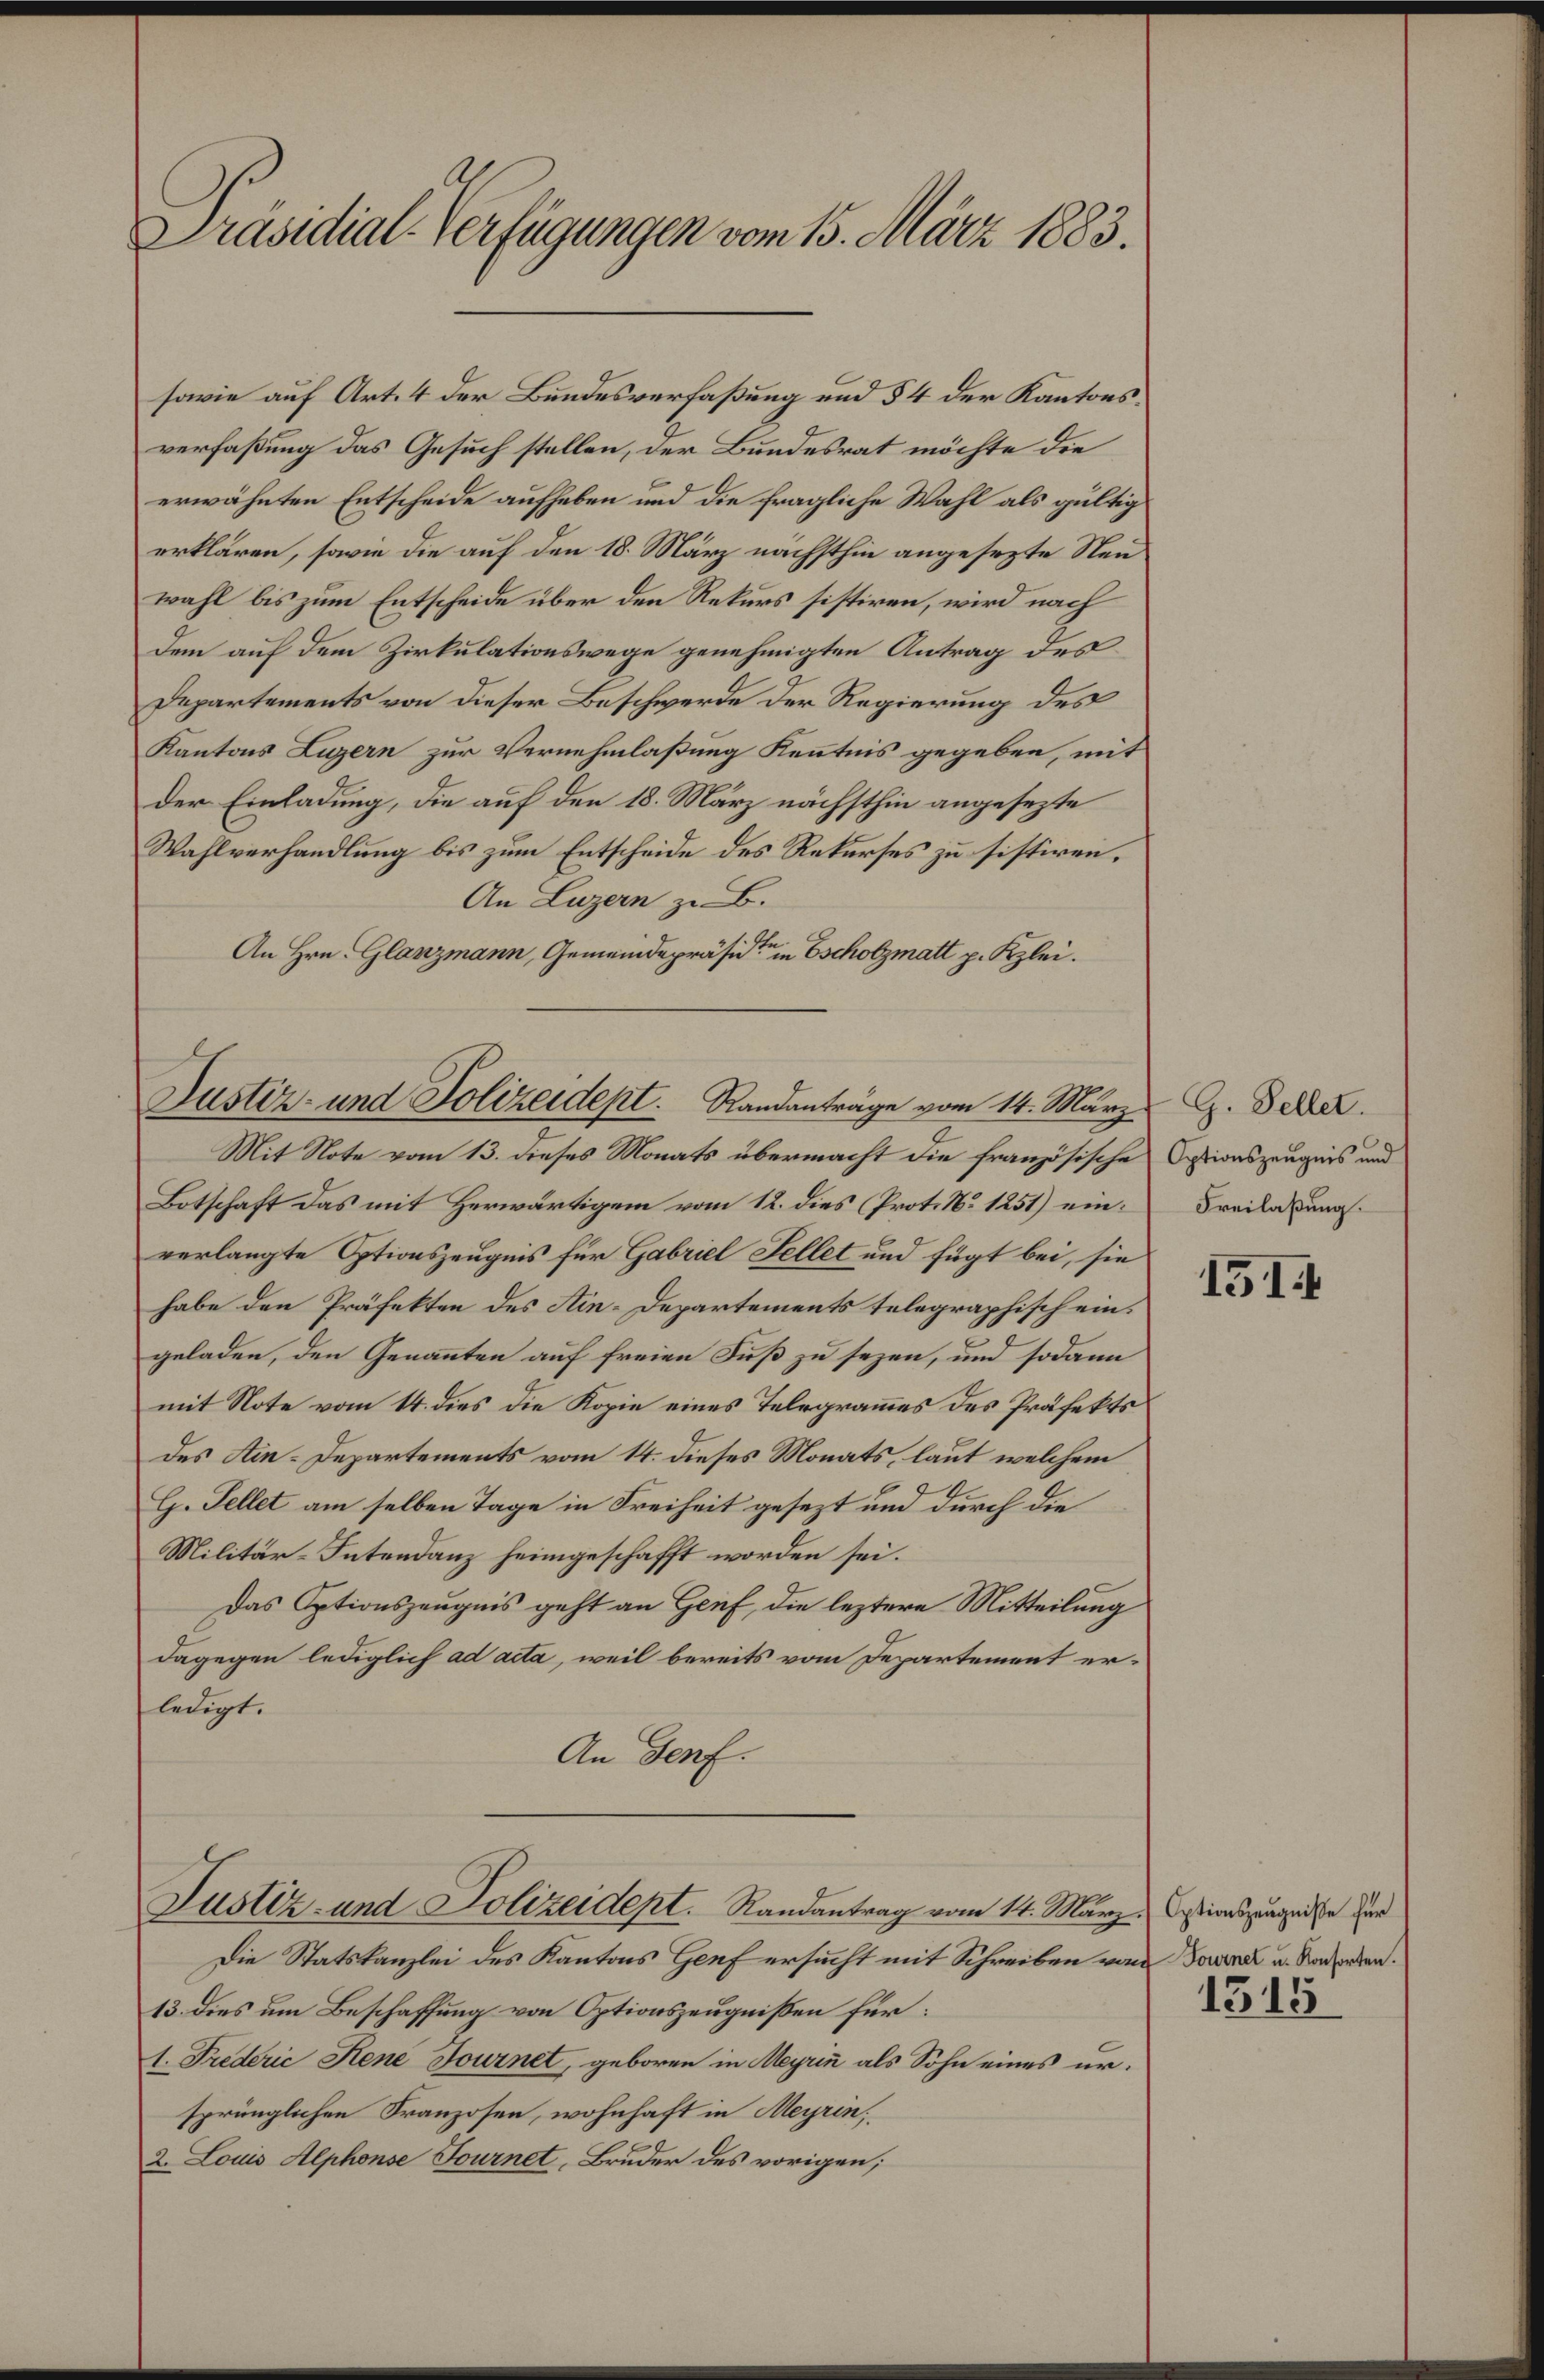
Präsidial-Verfügungen vom 15. März 1883.

sowie auf Art. 4 der Bundesverfaßung und § 4 der Kantonsverfaßung das Gesuch stellen, der Bundesrat möchte die
erwähnten Entscheide aufheben und die fragliche Wahl als gültig
erklären, sowie die auf den 18. März nächsthin angesezte Neu
wahl bis zum Entscheide über den Rekurs sistiren, wird nach
dem auf dem Zirkulationswege genehmigten Antrag des
Departements von dieser Beschwerde der Regierung des
Kantons Luzern zur Vernehmlaßung Kenntnis gegeben, mit
der Einladung, die auf den 18. März nächsthin angesezte
Wahlverhandlung bis zum Entscheide des Rekurses zu sistiren.
An Luzern zu B.
An Hrn. Glanzmann, Gemeindepräsiden in Escholzmatt p. Kzlei.

Justiz- und Polizeidept. Randanträge vom 14. März l. Seller.

Mit Note vom 13. dieses Monats übermacht die französische Optionszeugnis und
Botschaft das mit Herwärtigem vom 12. dies Prot. No 1251) ein-Freilassung
verlangte Optionszeugnis für Gabriel Fellet und fügt bei, sie
habe den Präfekten des Ain-Departements telegraphisch eingeladen, den Genannten auf freien Fuß zu sezen, und sodann
mit Note vom 14. dies die Kopie eines Telegrammes des Präfekts
des Ain-Departements vom 14. dieses Monats, laut welchem
24
G. Fellet am selben Tage in Freiheit gesezt um durch die
Militär-Intendanz heimgeschafft worden sei.
Das Optionszeugnis geht an Genf, die leztere Mitteilung
dagegen lediglich ad acta, weil bereits vom Departement erledigt.
An Genf.

Justiz- und Polizeidept. Randantrag vom 14. März. Cessionszeugnisse dur

Die Statskanzlei des Kantons Genf ersucht mit Schreiben von Torene u. Nachgeben.
13. dies um Beschaffung von Optionszeugnißen für:
1. Friederić dene Journet, geboren in Meyrin als Sohn eines ursprünglichen Franzosen, wohnhaft in Meyrin,
2. Louis Alphonse Fournet, Bruder des vorigen;

131

1315